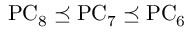
\mathrm { P C } _ { 8 } \preceq \mathrm { P C } _ { 7 } \preceq \mathrm { P C } _ { 6 }